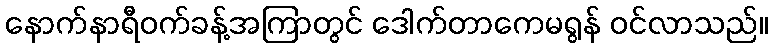
နောက်နာရီဝက်ခန့်အကြာတွင် ဒေါက်တာကေမရွန် ဝင်လာသည်။